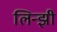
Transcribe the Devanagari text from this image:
लिन्झी